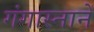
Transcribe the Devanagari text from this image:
गंगास्नानें